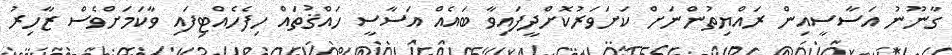
ގާނޫނު އަސާސީއިން ރައްޔިތުންނަށް ކަށަވަރުކޮށްދީފައިވާ ބައެއް އަސާސީ ހައްޤުތައް ހިފެހެއްޓިފައި ވާކަމަށްވެސް ޒާހިރު